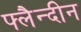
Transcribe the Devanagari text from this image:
फ्लैन्दीन